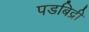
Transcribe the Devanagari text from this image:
पडबिद्री